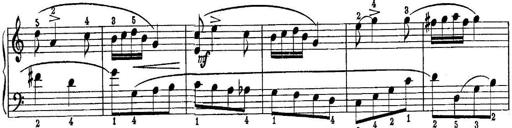
Title: Quatres sonatines
Composer: Tadeusz Joteyko